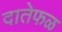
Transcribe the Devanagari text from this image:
दातेफळ